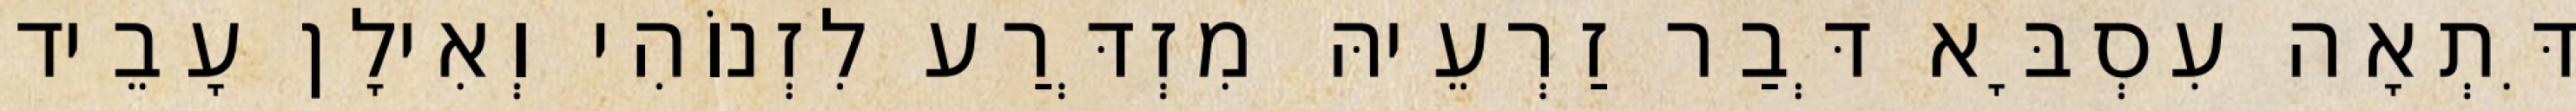
דִּתְאָה עִסְבָּא דְּבַר זַרְעֵיהּ מִזְדְּרַע לִזְנוֹהִי וְאִילָן עָבֵיד